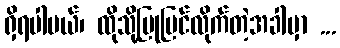
ရှိရပါမယ်၊ ထိုသို့ပြုပြင်လိုက်တဲ့အခါမှာ ...